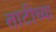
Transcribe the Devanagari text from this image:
ताटीच्या